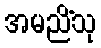
အမညိံသု